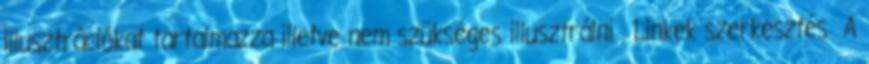
illusztrációkat tartalmazza illetve nem szükséges illusztrálni . Linkek szerkesztés A